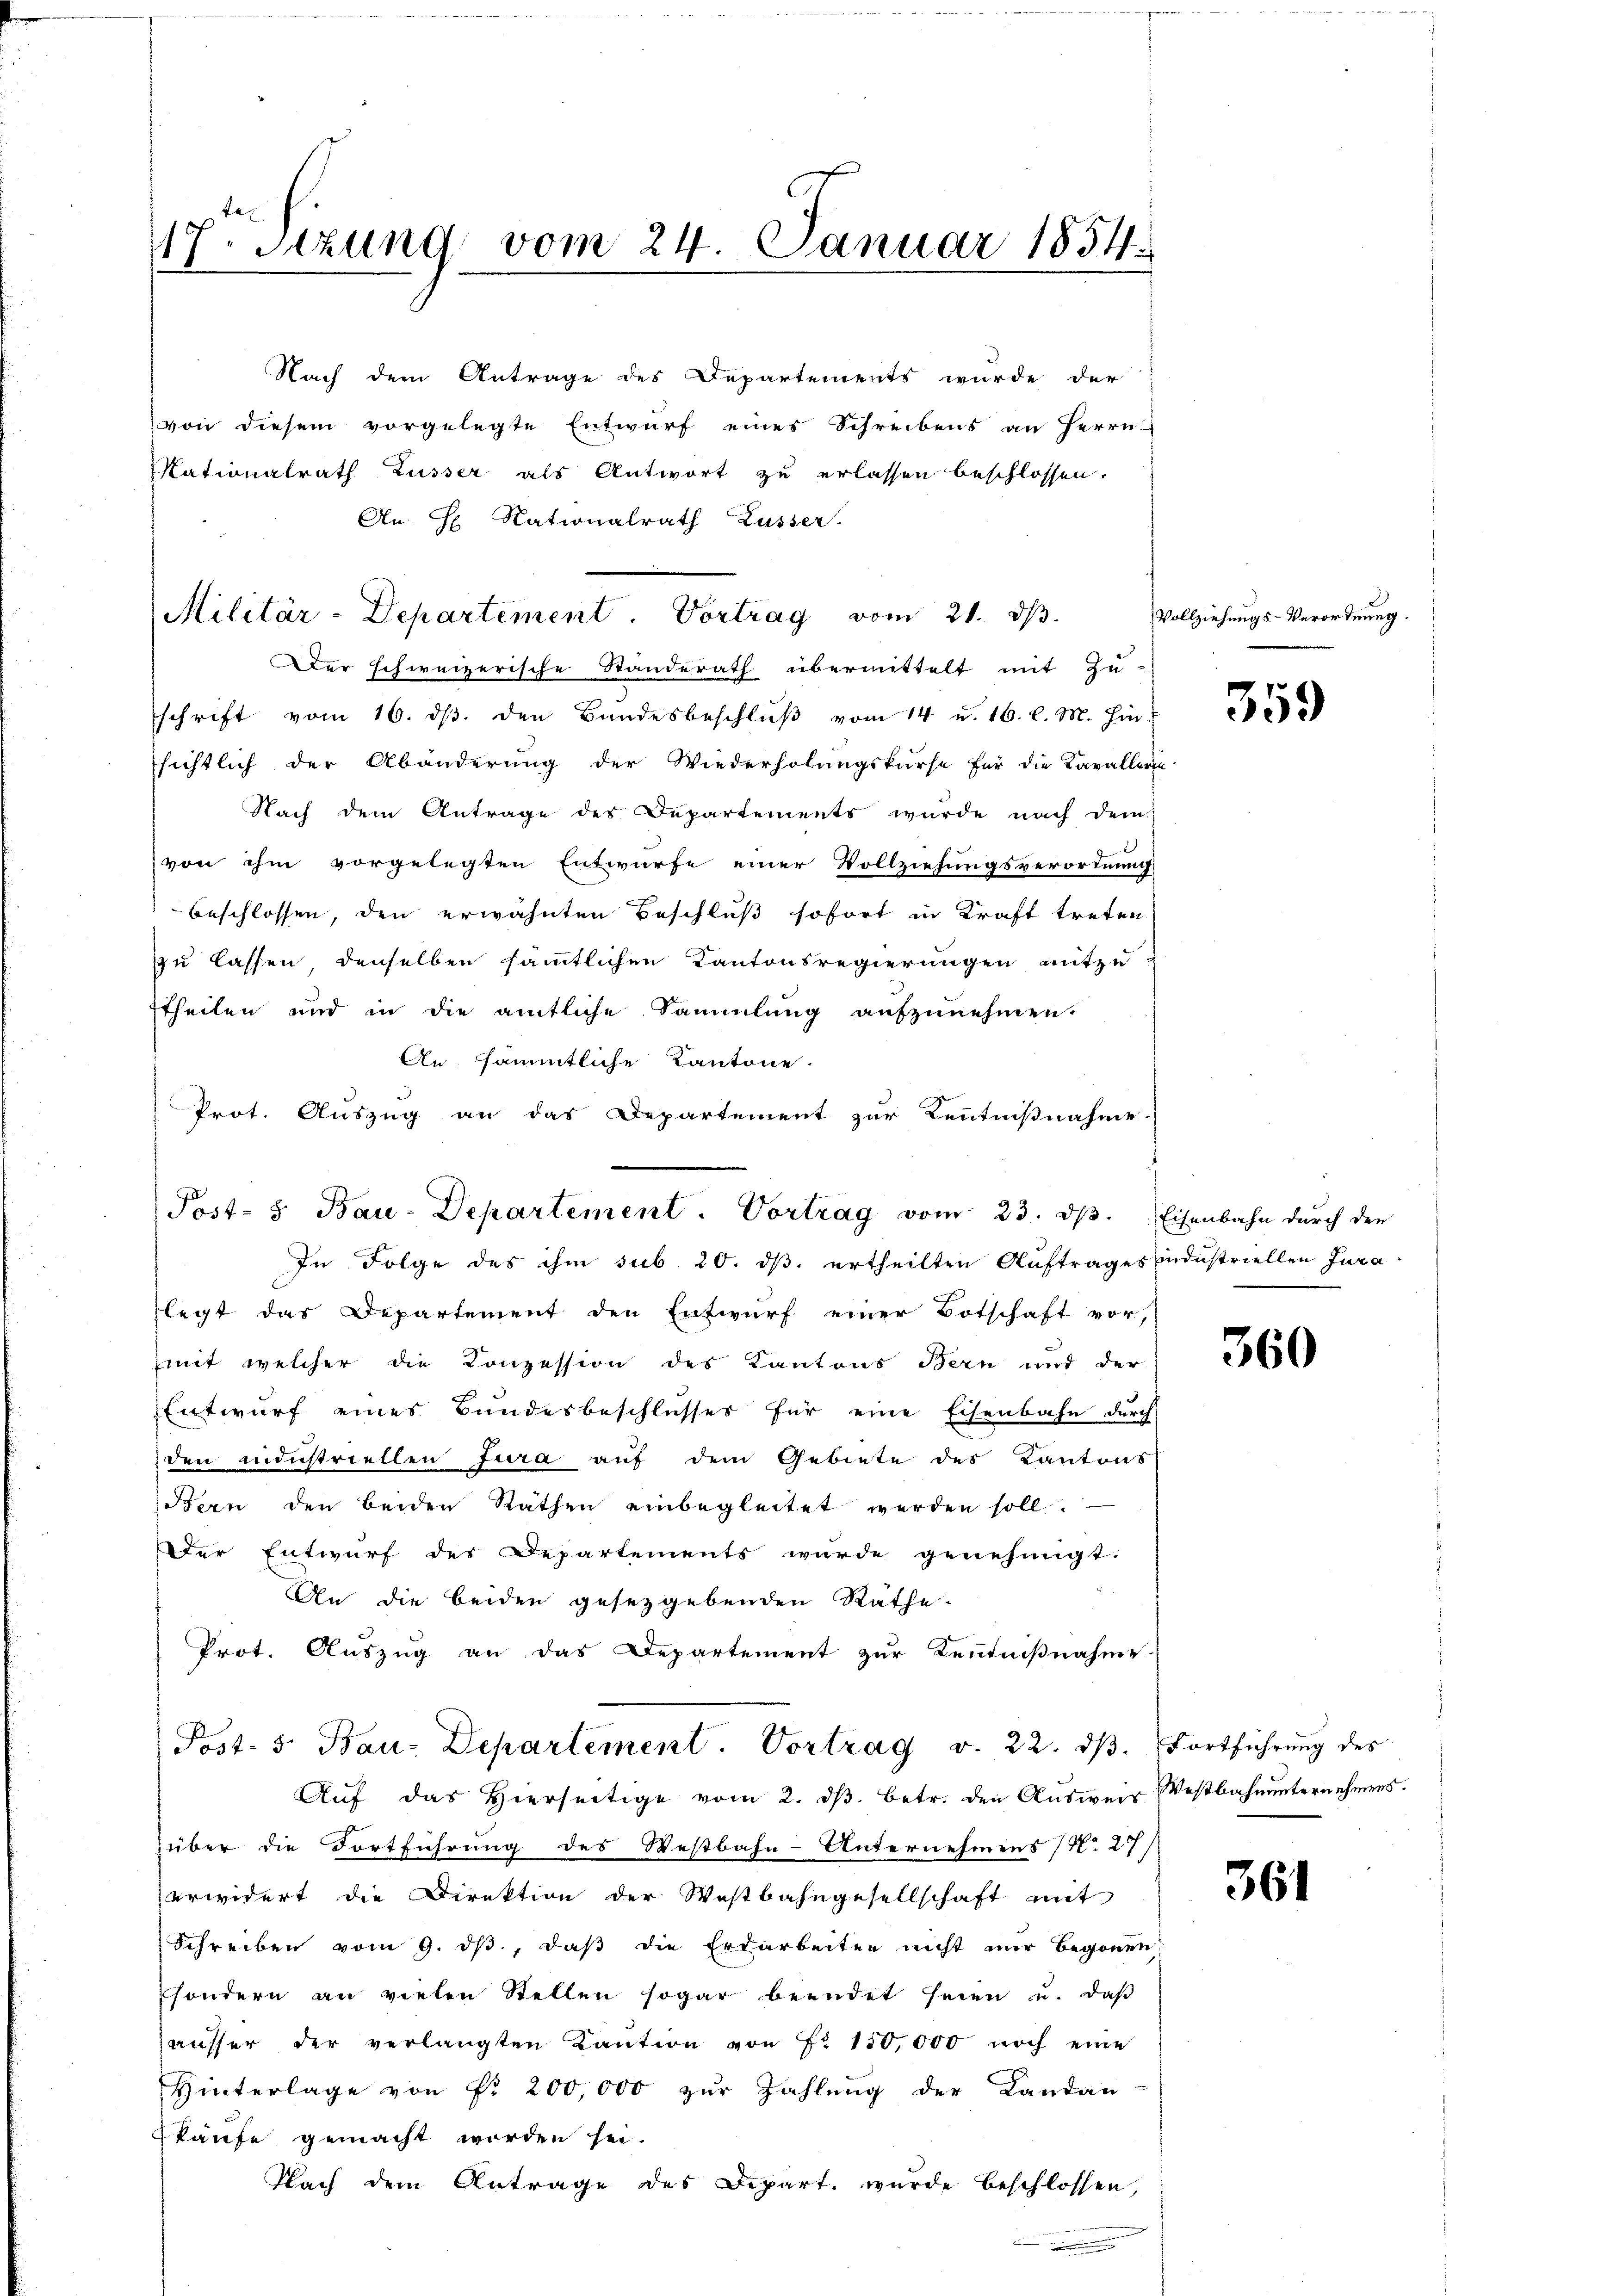
17. Setzung vom 24. Januar 1854.

Militär-Departement. Vortrag vom 21. ds.

An H. Rationalrath Küsser.
Der schweizerische Standerath übermittelt mit Zu-
schrift vom 16. ds. den Bandesbeschluß vom 14 u. 16. l. M. hin
sichtlich der Abänderung der Wiederholungskurse für die Kavallerie
Nach dem Antrage des Departements wurde nach dem
von ihm vorgelegten Entwurfe einer Vollziehungsverordnung
beschlossen, den erwähnten Beschluß sofort in Kraft treten
zu lassen denselben sämmtlichen Kantonsregierungen mitzu
theilen und in die amtliche Sammlung aufzunehmen.
An sämmtliche Kantone.
Prot. Auszug an das Departement zur Kenntnißnahme.
In Folge des ihm sub 20. ds. ertheilten Auftrages Industriellen Juralegt das Departement den Entwurf einer Botschaft vor,
mit welcher die Conzession des Kantons Bern und der
Entwurf eines Bundesbeschlusses für eine Eisenbahn durch
den andustriellen Jura auf dem Gebiete des Kantons
Bern den beiden Räthen einbegleitet werden soll.
Der Entwurf des Departements wurde genehmigt.
An die beiden gesetzgebenden Räthe.
Prot. Auszug an das Departement zur Kenntnißnahme
Post- 5. Bau-Departement. Vortrag v. 22. dβ. Fortführŭng des
Aŭf das hierseitige vom 2. dβ. betr. den Aŭsweis Westbahnŭnternehmens.
über die Fortführung des Westbahn-Unternehmens N. 27/
erwidert die Direktion der Westbahngesellschaft mit
Schreiben vom 9. ds., daß die Erdarbeiten nicht nur begonnen
sondern an vielen Stellen sogar beendet seien u. daβ
ausser der verlangten Kaŭtion von Fr. 150,000 noch eine
Hinterlage von Pr. 200,000 zur Zahlung der Landan
käufe gemacht worden sei.
Nach dem Antrage des Depart wurde beschlossen,

Nach dem Antrage des Departements wurde der
von diesem vorgelegte Entwurf eines Schreibens an Herrn
Kationalrath Züsser als Antwort zu erlassen beschlossen.

Post- 8. Bau-Departement. Vortrag vom 23. dβ. Eisenbahn durch der

Vollziehungs-Verordnung.

359

360

361